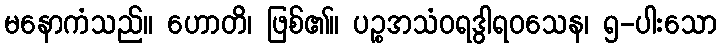
မနောကံသည်။ ဟောတိ၊ ဖြစ်၏။ ပဉ္စအသံဝရဒွါရဝသေန၊ ၅-ပါးသော